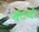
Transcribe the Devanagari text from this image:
बॅटचा